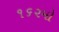
૧૬૨મો